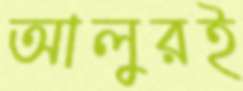
আলুরই